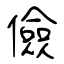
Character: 儉